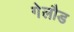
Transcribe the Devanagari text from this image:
गेलौड